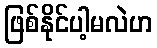
ဖြစ်နိုင်ပါ့မလဲဟ